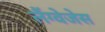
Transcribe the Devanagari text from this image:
लैंग्वेजेस